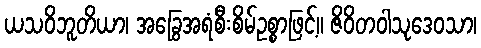
ယသဝိဘူတိယာ၊ အခြွေအရံစီးစိမ်ဥစ္စာဖြင့်။ ဇိဝိတဝါသုဒေဝသာ၊